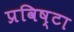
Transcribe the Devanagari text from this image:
प्रविष्टा